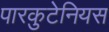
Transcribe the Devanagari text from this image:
पारकुटेनियस